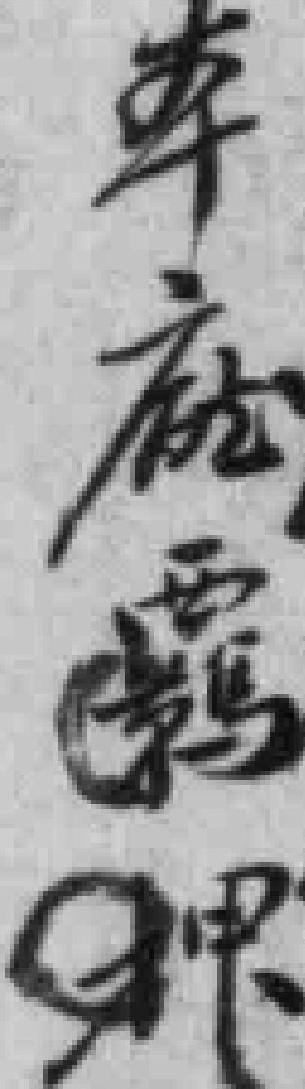
本廳羁押